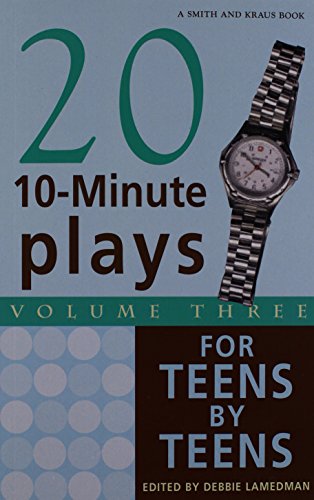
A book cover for Twenty 10-Minute Plays For Teens Volume 3; Teen & Young Adult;